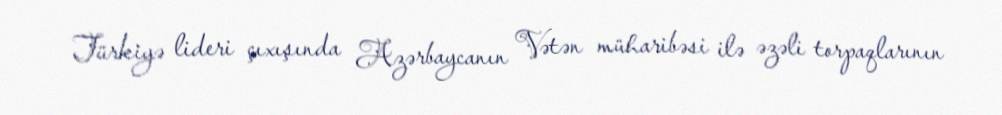
Türkiyə lideri çıxışında Azərbaycanın Vətən müharibəsi ilə əzəli torpaqlarının